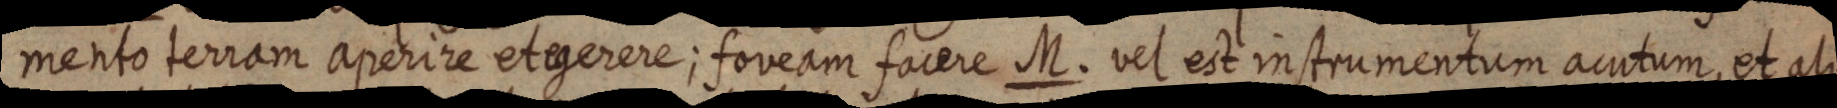
mento terram aperire et egerere; foveam facere M. vel est instrumentum acutum, et ali